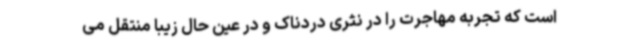
است که تجربه مهاجرت را در نثری دردناک و در عین‌ حال زیبا منتقل می